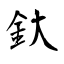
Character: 釱